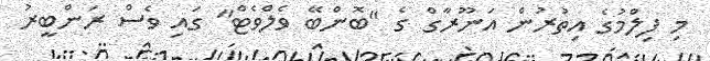
މި ފިލްމުގެ އިތުރުން އަނޫރާގް ގެ "ބޮންބޭ ވެލްވެޓް" ގައި ވެސް ރަންބީރު